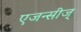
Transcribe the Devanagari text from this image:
एजन्सीज्